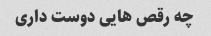
چه رقص هایی دوست داری